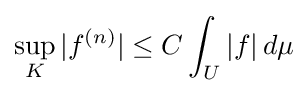
\sup _{K}|f^{(n)}|\leq C\int _{U}|f|\,d\mu